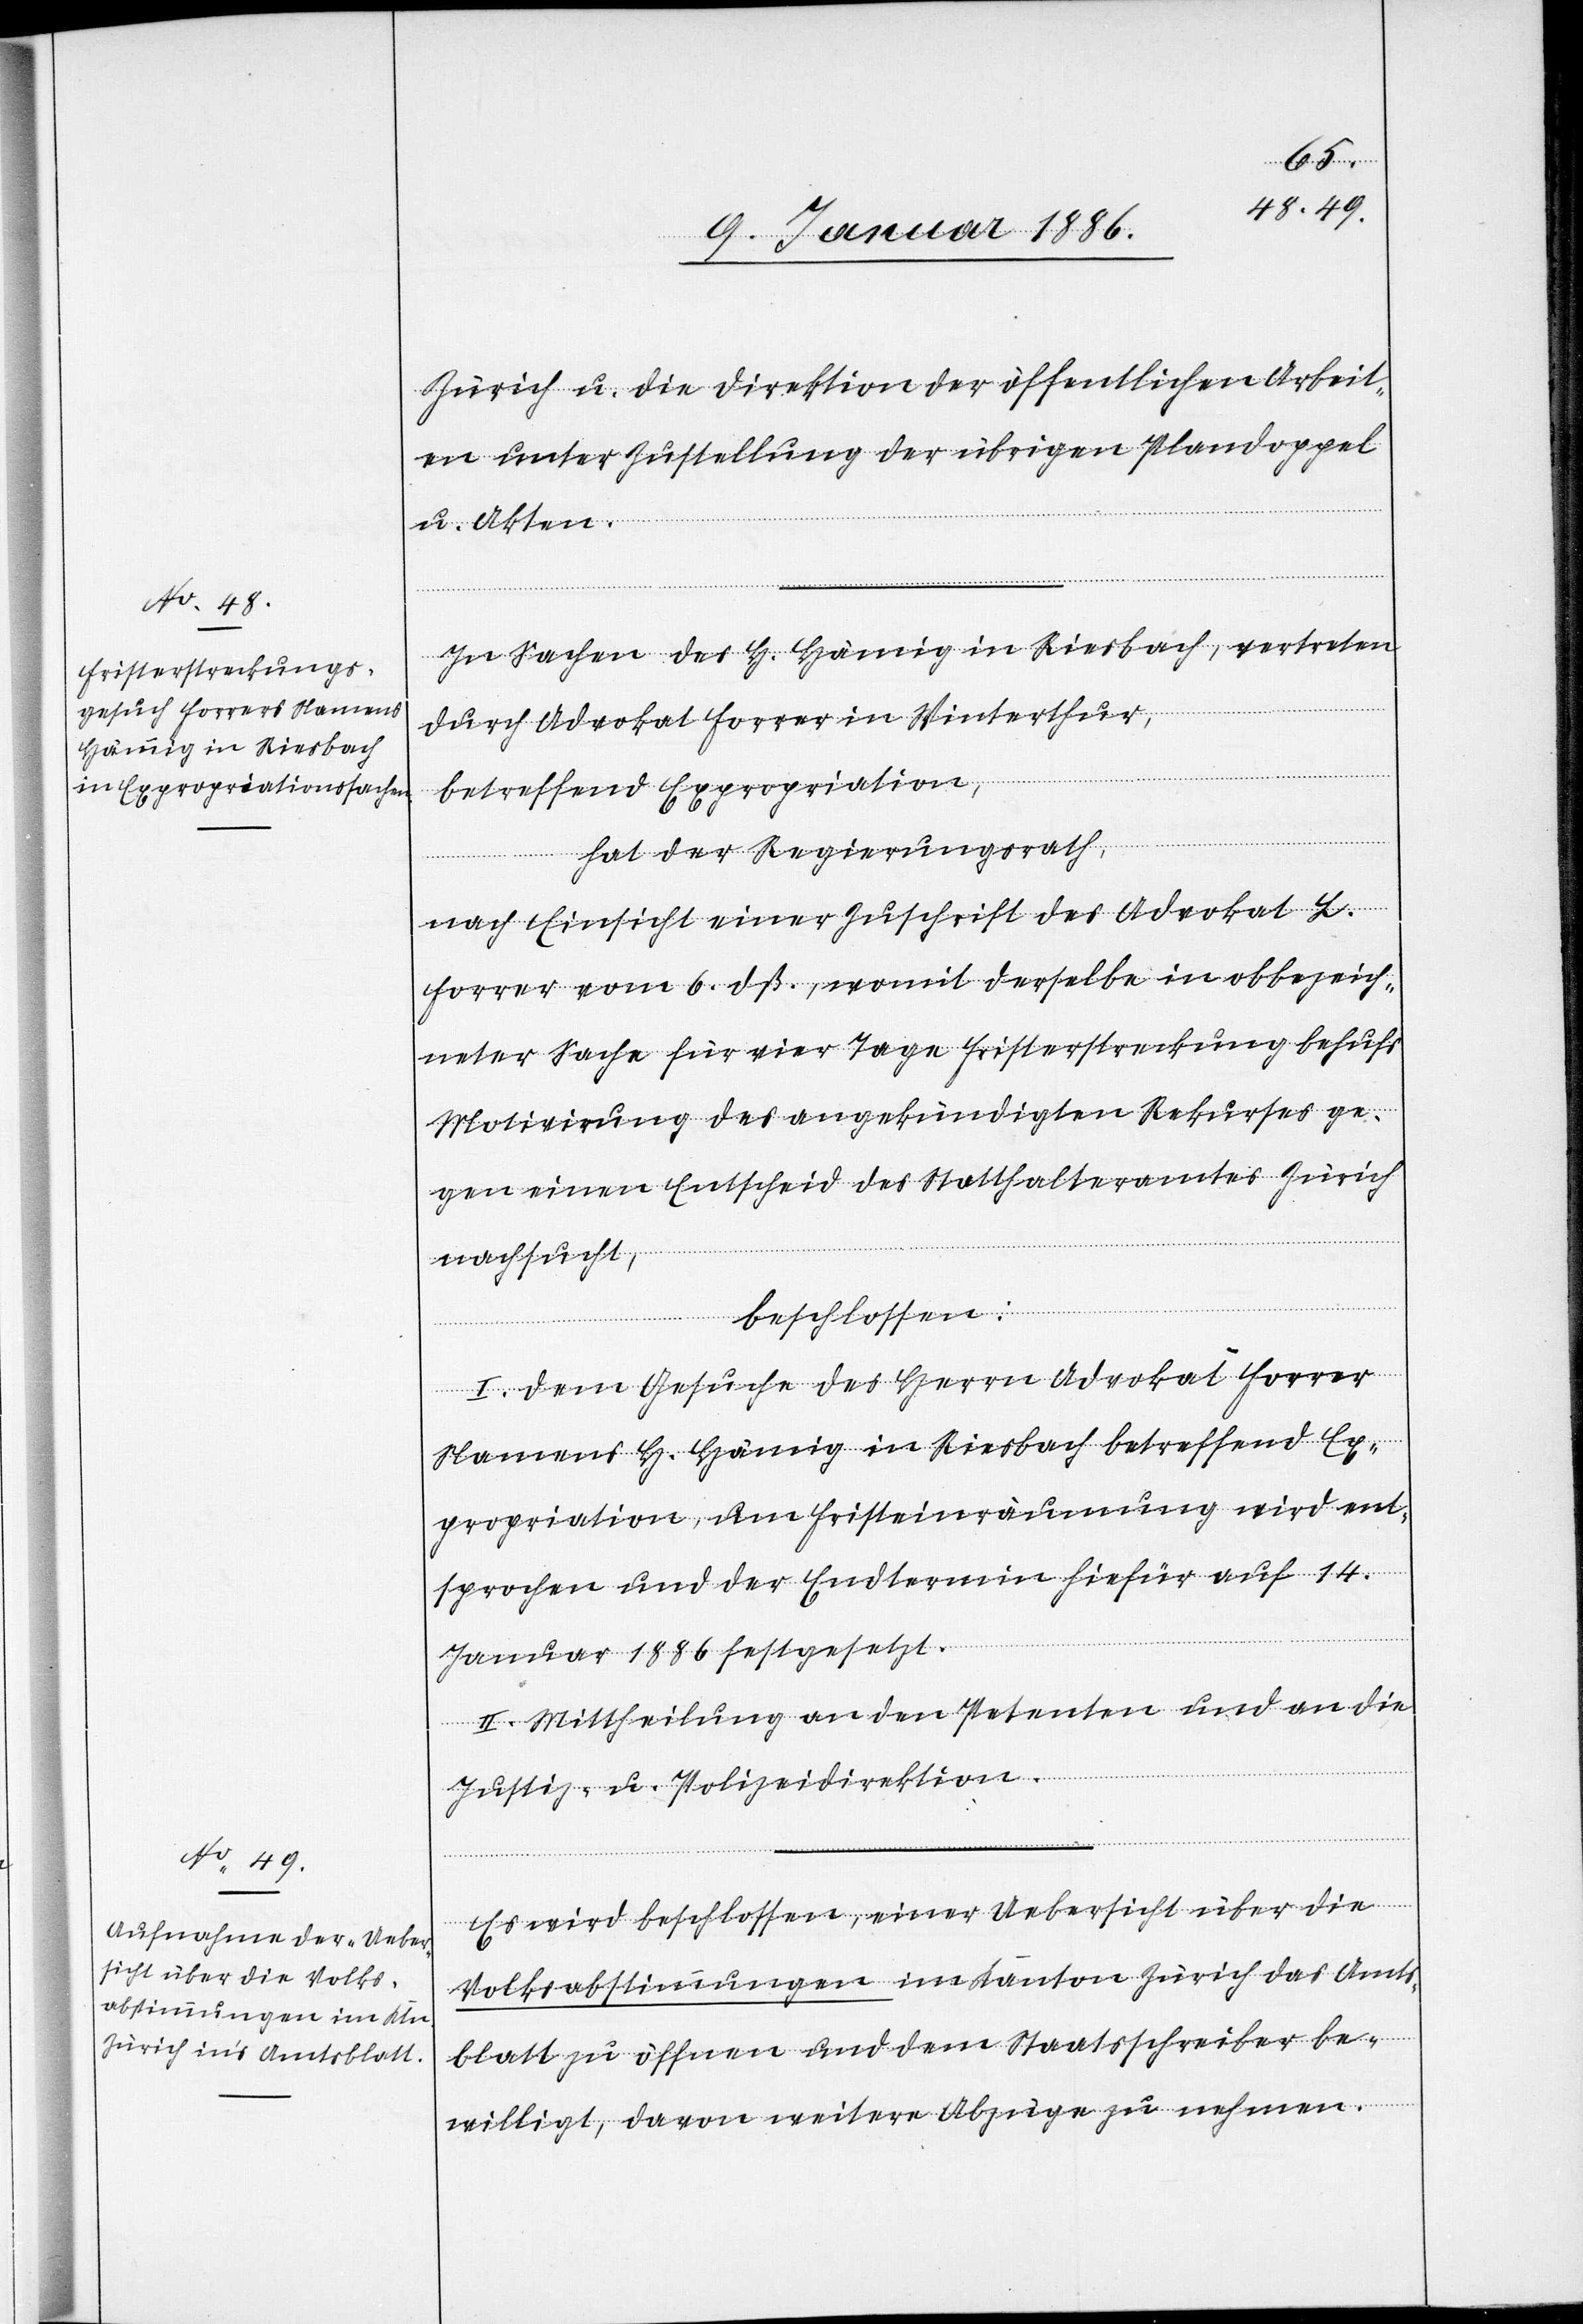
Zürich u. die Direktion der öffentlichen Arbeit¬
en unter Zustellung der übrigen Plandoppel
u. Akten.
In Sachen des H. Hämig in Riesbach, vertreten
durch Advokat Forrer in Winterthur,
betreffend Expropriation,
hat der Regierungsrath,
nach Einsicht einer Zuschrift des Advokat L.
Forrer vom 6. dß., womit derselbe in obbezeich¬
neter Sache für vier Tage Fristerstreckung behufs
Motivierung des angekündigten Rekurses ge¬
gen einen Entscheid des Statthalteramtes Zürich
nachsucht,
beschlossen:
I. Dem Gesuche des Herrn Advokat Forrer
Namens H. Hämig in Riesbach betreffend Ex¬
propriation, um Fristeinräumung wird ent¬
sprochen und der Endtermin hiefür auf 14.
Januar 1886 festgesetzt.
II. Mittheilung an den Petenten und an die
Justiz- u. Polizeidirektion.
Es wird beschlossen, einer Uebersicht über die
Volksabstimmungen im Kanton Zürich das Amts¬
blatt zu öffnen und dem Staatsschreiber be¬
willigt, davon weitere Abzüge zu nehmen.